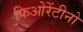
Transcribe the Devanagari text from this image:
फिओरेंटीनो